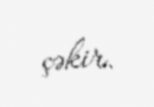
çəkir.